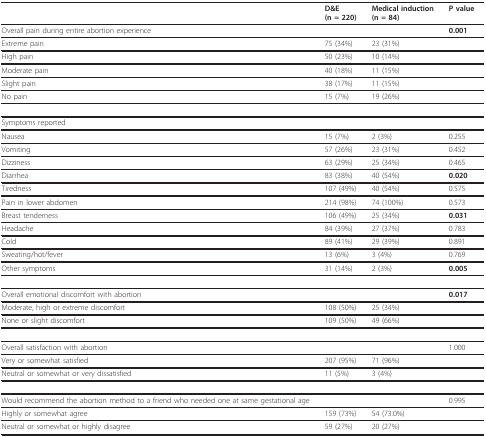
|  | D&E(n = 220) | Medical induction(n = 84) | P value |
 | --- | --- | --- | --- |
 | Overall pain during entire abortion experience |  |  | 0.001 |
 | Extreme pain | 75 (34%) | 23 (31%) |  |
 | High pain | 50 (23%) | 10 (14%) |  |
 | Moderate pain | 40 (18%) | 11 (15%) |  |
 | Slight pain | 38 (17%) | 11 (15%) |  |
 | No pain | 15 (7%) | 19 (26%) |  |
 | Symptoms reported |  |  |  |
 | Nausea | 15 (7%) | 2 (3%) | 0.255 |
 | Vomiting | 57 (26%) | 23 (31%) | 0.452 |
 | Dizziness | 63 (29%) | 25 (34%) | 0.465 |
 | Diarrhea | 83 (38%) | 40 (54%) | 0.020 |
 | Tiredness | 107 (49%) | 40 (54%) | 0.575 |
 | Pain in lower abdomen | 214 (98%) | 74 (100%) | 0.573 |
 | Breast tenderness | 106 (49%) | 25 (34%) | 0.031 |
 | Headache | 84 (39%) | 27 (37%) | 0.783 |
 | Cold | 89 (41%) | 29 (39%) | 0.891 |
 | Sweating/hot/fever | 13 (6%) | 3 (4%) | 0.769 |
 | Other symptoms | 31 (14%) | 2 (3%) | 0.005 |
 | Overall emotional discomfort with abortion |  |  | 0.017 |
 | Moderate, high or extreme discomfort | 108 (50%) | 25 (34%) |  |
 | None or slight discomfort | 109 (50%) | 49 (66%) |  |
 | Overall satisfaction with abortion |  |  | 1.000 |
 | Very or somewhat satisfied | 207 (95%) | 71 (96%) |  |
 | Neutral or somewhat or very dissatisfied | 11 (5%) | 3 (4%) |  |
 | Would recommend the abortion method to a friend who needed one at same gestational age |  |  | 0.995 |
 | Highly or somewhat agree | 159 (73%) | 54 (73.0%) |  |
 | Neutral or somewhat or highly disagree | 59 (27%) | 20 (27%) |  |